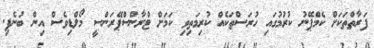
ފަރާތްތަކަށް ކެމްޕޭނު ކުރުމުގައި ހުރަސްތަކެއް ކުރިމަތިވި ކަމަށް ޓްރާންސްޕޭރަންސީ މޯލްޑިވެސް އިން ބުނެފި.